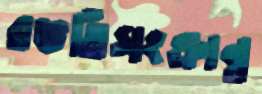
রভর্তিসংক্রান্ত